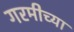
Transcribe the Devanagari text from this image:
गरमीच्या